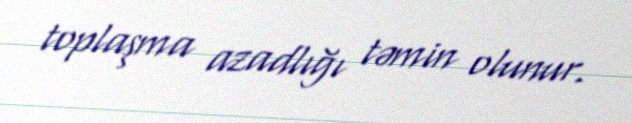
toplaşma azadlığı təmin olunur.